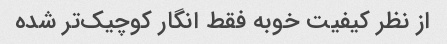
از نظر کیفیت خوبه فقط انگار کوچیک‌تر شده